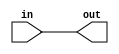
module top_module (
    input in,              // Declare an input wire named "in"
    output out             // Declare an output wire named "out"
);

    wire not_in;           // Declare a wire named "not_in"

    assign out = ~not_in;  // Assign a value to out (create a NOT gate).
    assign not_in = ~in;   // Assign a value to not_in (create another NOT gate).

endmodule   // End of module "top_module"